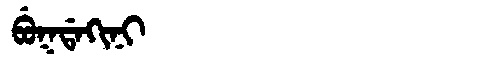
Manchu: ᠪᡠᡴᡩᠠᡴᡳᠨᡳ
Romanization: BUKDAKINI